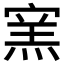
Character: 𰍔